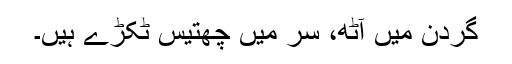
گردن میں آٹھ، سر میں چھتیس ٹکڑے ہیں۔